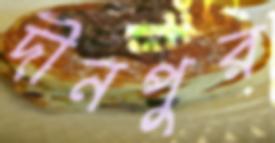
দীনপুর